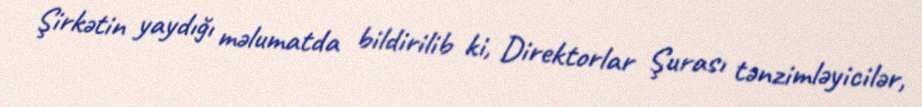
Şirkətin yaydığı məlumatda bildirilib ki, Direktorlar Şurası tənzimləyicilər,